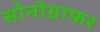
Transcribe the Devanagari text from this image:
सोनोग्राफर